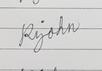
Signature authenticity: genuine